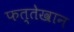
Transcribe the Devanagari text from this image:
फत्तेखान